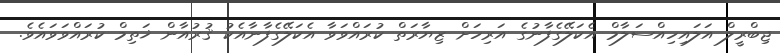
ޖިބްރީލް އަލައިހިއްސަލާމް އެކަލޭގެފާނުގެ އަރިހަށް ޒިޔާރަތް ކުރައްވަވާ އެކަލޭގެފާނާއެކު ޤުރުއާން ޚަތިމް ކުރައްވަވައެވެ.